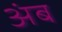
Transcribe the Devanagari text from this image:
अंब